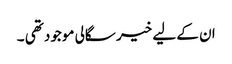
ان کے لیے خیر سگالی موجود تھی ۔